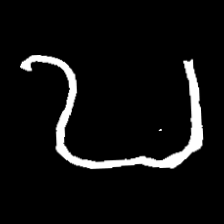
Pyu character \u2014 Myanmar letter: ဎ (romanized: ddha)